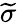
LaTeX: \widetilde{\sigma}